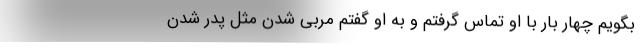
بگویم چهار بار با او تماس گرفتم و به او گفتم مربی شدن مثل پدر شدن